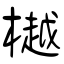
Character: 樾